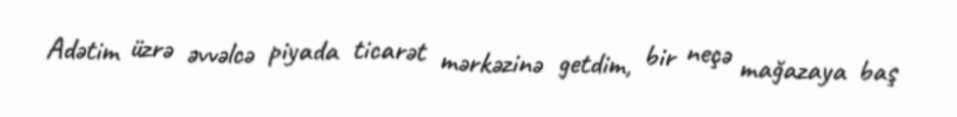
Adətim üzrə əvvəlcə piyada ticarət mərkəzinə getdim, bir neçə mağazaya baş